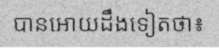
បានអោយដឹងទៀតថា៖